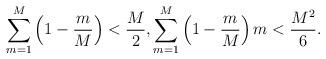
LaTeX: \begin{align*}\sum_{m=1}^M \left(1-\frac{m}{M}\right)<\frac{M}{2}, \sum_{m=1}^M \left(1-\frac{m}{M}\right)m < \frac{M^2}{6}.\end{align*}